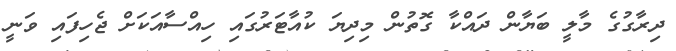
ދިރާގުގެ މާލީ ބަޔާން ދައްކާ ގޮތުން މިދިޔަ ކުއާޓަރުގައި ހިއްސާއަކަށް ޖެހިފައި ވަނީ